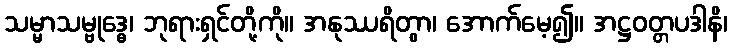
သမ္မာသမ္ဗုဒ္ဓေ၊ ဘုရားရှင်တို့ကို။ အနုဿရိတွာ၊ အောက်မေ့၍။ အဋ္ဌဝတ္တပဒါနိ၊